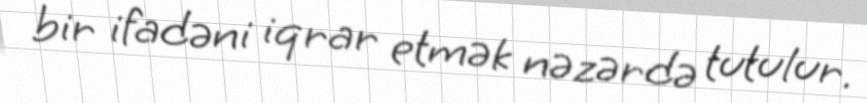
bir ifadəni iqrar etmək nəzərdə tutulur.